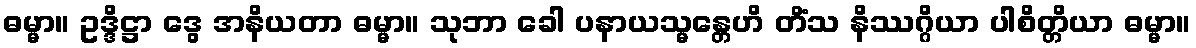
ဓမ္မာ။ ဥဒ္ဒိဋ္ဌာ ဒွေ အနိယတာ ဓမ္မာ။ သုဘာ ခေါ ပနာယသ္မန္တေဟိ တိံသ နိဿဂ္ဂိယာ ပါစိတ္တိယာ ဓမ္မာ။